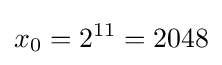
x_{0}=2^{11}=2048